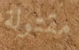
مقتولة